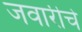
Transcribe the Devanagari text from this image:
जवारीचे